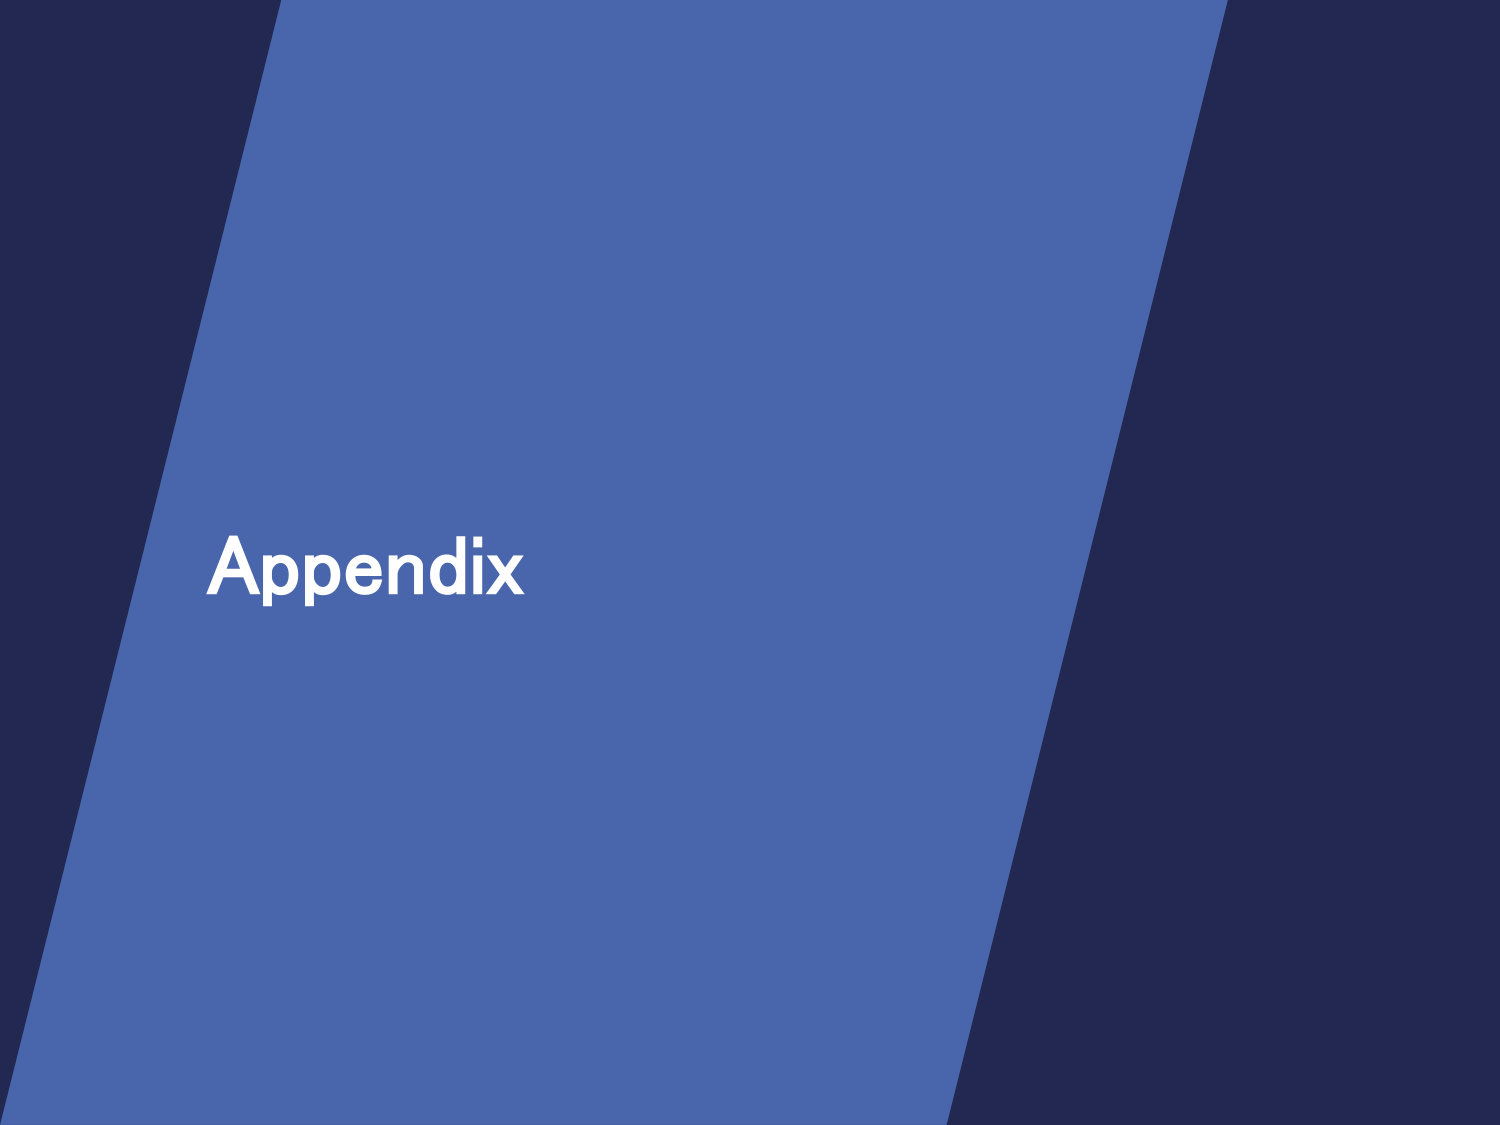
Appendix